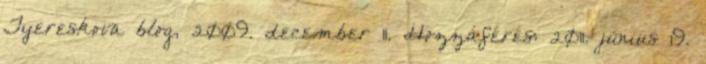
Tyereskova blog, 2009. december 11. Hozzáférés: 2011. június 19.